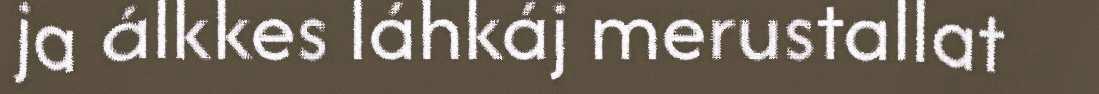
ja álkkes láhkáj merustallat